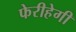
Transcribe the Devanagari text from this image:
फेरीहेगी